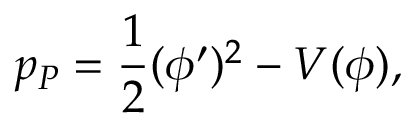
p _ { P } = { \frac { 1 } { 2 } } ( \phi ^ { \prime } ) ^ { 2 } - V ( \phi ) ,